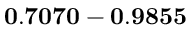
\mathbf { 0 . 7 0 7 0 - 0 . 9 8 5 5 }